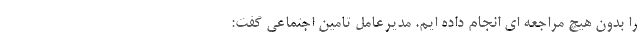
را بدون هیچ مراجعه ای انجام داده ایم. مدیرعامل تامین اجتماعی گفت: